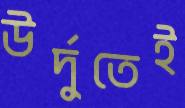
উর্দুতেই